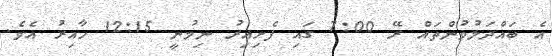
އެ ބައްދަލުވުންތައް ރޭ 7:00 ގައި ފެށިއިރު ނިމުނީ 12:15 ހާއިރު އެވެ.